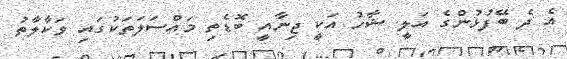
އެ ދެ ބޭފުޅުންގެ އަލީ ޝާހު އަކީ ޖިނާއީ ބޮޑެތި މައްސަލަތަކުގައި ވަކާލާތު